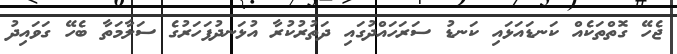
ޖެހޭ ގޮތްތަކެއް ކަނޑައަޅައި ކަނޑު ސަރަހައްދުގައި ދަތުރުކުރާ އުޅަނދުފަހަރުގެ ސަލާމަތާ ބެހޭ ގަވައިދު